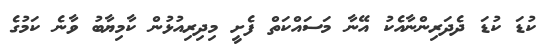
ކުޑަ ކުޑަ ދެދަރިންނާއެކު އޭނާ މަސައްކަތް ފެށީ މިދިރިއުޅުން ކާމިޔާބު ވާނެ ކަމުގެ